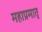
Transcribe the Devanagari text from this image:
महाप्रमातृ